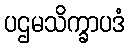
ပဌမသိက္ခာပဒံ